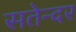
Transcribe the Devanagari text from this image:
सतेन्दर